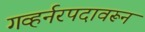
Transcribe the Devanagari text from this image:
गव्हर्नरपदावरून